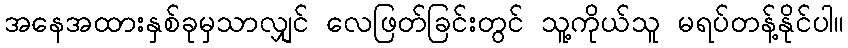
အနေအထားနှစ်ခုမှသာလျှင် လေဖြတ်ခြင်းတွင် သူ့ကိုယ်သူ မရပ်တန့်နိုင်ပါ။